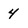
Character: 4